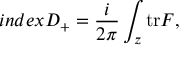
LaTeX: i n d e x D _ { + } = \frac { i } { 2 \pi } \int _ { z } \mathrm { t r } { \cal F } ,